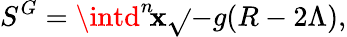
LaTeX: S^{G}=\intd^{n}\! \mathbf{x}\sqrt{}{{-g}}(R-2\Lambda),